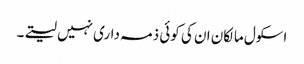
اسکول مالکان ان کی کوئی ذمہ داری نہیں لیتے۔